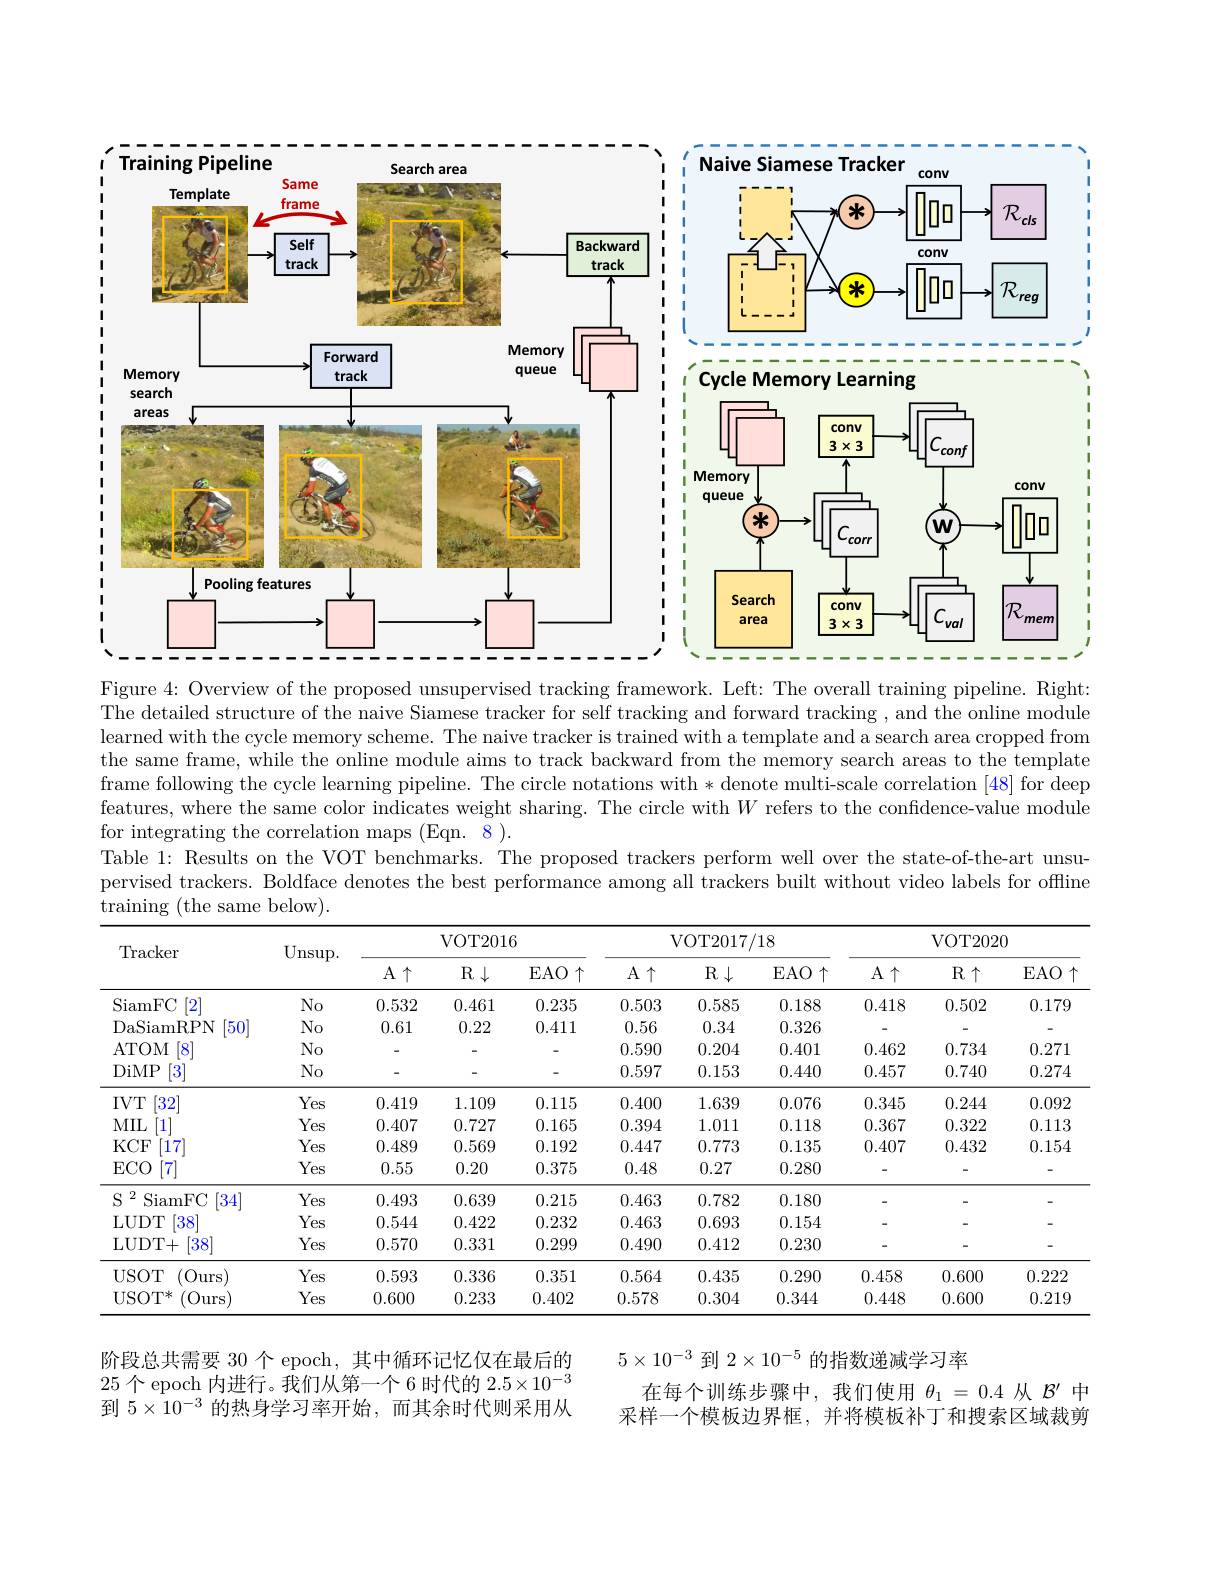
<FigureHere>

Figure 4: Overview of the proposed unsupervised tracking framework. Left: The overall training pipeline. Right: The detailed structure of the naive Siamese tracker for self tracking and forward tracking , and the online module learned with the cycle memory scheme. The naive tracker is trained with a template and a search area cropped from the same frame, while the online module aims to track backward from the memory search areas to the template frame following the cycle learning pipeline. The circle notations with * denote multi-scale correlation [48] for deep features, where the same color indicates weight sharing. The circle with $W$ refers to the confidence-value module for integrating the correlation maps (Eqn. 8).
Table 1: Results on the VOT benchmarks. The proposed trackers perform well over the state-of-the-art unsupervised trackers. Boldface denotes the best performance among all trackers built without video labels for offline ${\mathrm{training~(the~same~below).}}$

<table>
	<tbody>
		<tr>
			<th rowspan="2">Tracker</th>
			<th rowspan="2">$\operatorname{Unsup}.$</th>
			<th colspan="3">$VOT2016$</th>
			<th colspan="3">VOT2017/ 18</th>
			<th colspan="3">$VOT2020$</th>
		</tr>
		<tr>
			<th>$A\uparrow$</th>
			<th>$R\downarrow$</th>
			<th>$\operatorname{EAO}\uparrow$</th>
			<th>$A\uparrow$</th>
			<th>$R\downarrow$</th>
			<th>$\operatorname{EAO}\uparrow$</th>
			<th>$A\uparrow$</th>
			<th>$R\uparrow$</th>
			<th>$EAO$</th>
		</tr>
		<tr>
			<td>SiamFC [2]</td>
			<td>$No$</td>
			<td>0.532</td>
			<td>0.461</td>
			<td>0.235</td>
			<td>0.503</td>
			<td>0.585</td>
			<td>0.188</td>
			<td>0.418</td>
			<td>0.502</td>
			<td>0.179</td>
		</tr>
		<tr>
			<td>DaSiamRPN $50^{\prime}$</td>
			<td>$No$</td>
			<td>0.61</td>
			<td>0.22</td>
			<td>0.411</td>
			<td>0.56</td>
			<td>0.34</td>
			<td>0.326</td>
			<td> </td>
			<td> </td>
			<td> </td>
		</tr>
		<tr>
			<td>ATOM 8</td>
			<td>$No$</td>
			<td> </td>
			<td> </td>
			<td> </td>
			<td>0.590</td>
			<td>0.204</td>
			<td>0.401</td>
			<td>0.462</td>
			<td>0.734</td>
			<td>0.271</td>
		</tr>
		<tr>
			<td>DiMP [3]</td>
			<td>No</td>
			<td> </td>
			<td> </td>
			<td> </td>
			<td>0.597</td>
			<td>0.153</td>
			<td>0.440</td>
			<td>0.457</td>
			<td>0.740</td>
			<td>0.274</td>
		</tr>
		<tr>
			<td>$[32^{\prime}]$ $IVT$</td>
			<td>Yes</td>
			<td>0.419</td>
			<td>1.109</td>
			<td>0.115</td>
			<td>0.400</td>
			<td>1.639</td>
			<td>0.076</td>
			<td>0.345</td>
			<td>0.244</td>
			<td>0.092</td>
		</tr>
		<tr>
			<td>$MIL$ [1]</td>
			<td>Yes</td>
			<td>0.407</td>
			<td>0.727</td>
			<td>0.165</td>
			<td>0.394</td>
			<td>1.011</td>
			<td>0.118</td>
			<td>0.367</td>
			<td>0.322</td>
			<td>0.113</td>
		</tr>
		<tr>
			<td>$KCF$ 17</td>
			<td>Yes</td>
			<td>0.489</td>
			<td>0.569</td>
			<td>0.192</td>
			<td>0.447</td>
			<td>0.773</td>
			<td>0.135</td>
			<td>0.407</td>
			<td>0.432</td>
			<td>0.154</td>
		</tr>
		<tr>
			<td>$ECO$ [7]</td>
			<td>Yes</td>
			<td>0.55</td>
			<td>0.20</td>
			<td>0.375</td>
			<td>0.48</td>
			<td>0.27</td>
			<td>0.280</td>
			<td> </td>
			<td> </td>
			<td> </td>
		</tr>
		<tr>
			<td>$S$ 2 SiamFC 34</td>
			<td>Yes</td>
			<td>0.493</td>
			<td>0.639</td>
			<td>0.215</td>
			<td>0.463</td>
			<td>0.782</td>
			<td>0.180</td>
			<td> </td>
			<td> </td>
			<td>-</td>
		</tr>
		<tr>
			<td>LUDT $38^{\prime}$</td>
			<td>Yes</td>
			<td>0.544</td>
			<td>0.422</td>
			<td>0.232</td>
			<td>0.463</td>
			<td>0.693</td>
			<td>0.154</td>
			<td> </td>
			<td> </td>
			<td> </td>
		</tr>
		<tr>
			<td>LUDT+ [38]</td>
			<td>Yes</td>
			<td>0.570</td>
			<td>0.331</td>
			<td>0.299</td>
			<td>0.490</td>
			<td>0.412</td>
			<td>0.230</td>
			<td> </td>
			<td> </td>
			<td> </td>
		</tr>
		<tr>
			<td>$\operatorname{USOT}$ (Ours)</td>
			<td>Yes</td>
			<td>0.593</td>
			<td>0.336</td>
			<td>0.351</td>
			<td>0.564</td>
			<td>0.435</td>
			<td>0.290</td>
			<td>0.458</td>
			<td>0.600</td>
			<td>0.222</td>
		</tr>
		<tr>
			<td>USO$T^{* }$ (Ours</td>
			<td>Yes</td>
			<td>0.600</td>
			<td>0.233</td>
			<td>0.402</td>
			<td>0.578</td>
			<td>0.304</td>
			<td>0.344</td>
			<td>0.448</td>
			<td>0.600</td>
			<td>0.219</td>
		</tr>
	</tbody>
</table>

阶段总共需要 30 个 epoch, 其中循环记忆仅在最后的25个 epoch 内进行。我们从第一个 6 时代的$2.5\times10^{-3}$ 到$5\times10^{-3}$的热身学习率开始，而其余时代则采用从

$5\times10^{-3}$到$2\times10^{-5}$的指数递减学习率
在每个训练步骤中，我们使用$\theta_1=0.4$从$\mathcal{B}^\prime$中采样一个模板边界框，并将模板补丁和搜索区域裁剪